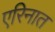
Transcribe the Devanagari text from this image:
एरिनात